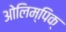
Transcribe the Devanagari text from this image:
ओलिम्पिक्